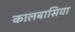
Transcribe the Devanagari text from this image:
कालबासिया